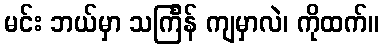
မင်း ဘယ်မှာ သင်္ကြန် ကျမှာလဲ၊ ကိုထက်။